Annual report on the working of the lock hospitals in the Central Provinces
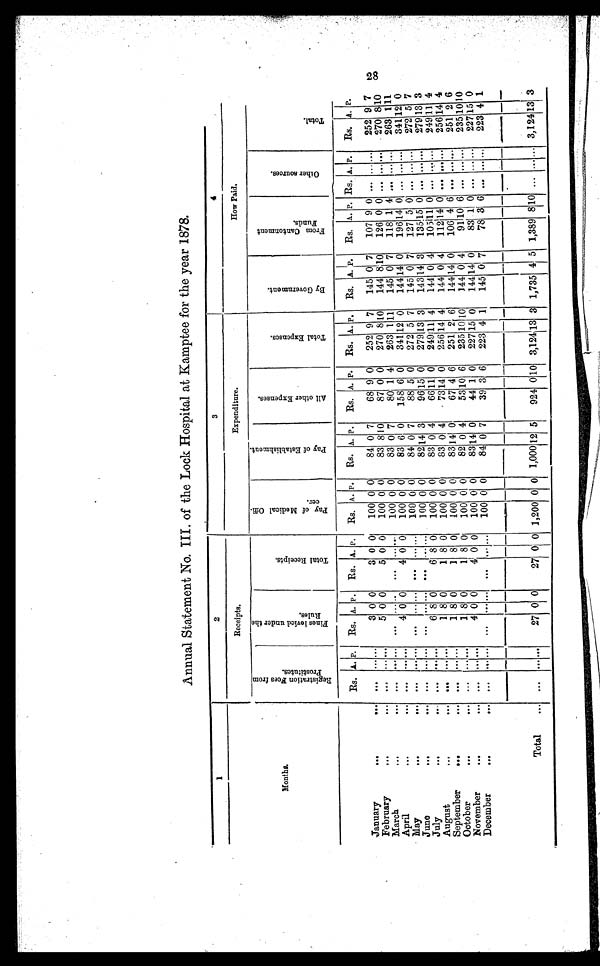
Annual Statement No. III, of the Lock Hospital at Kamptee for the year 1878.
1
2
3
4
Receipts.
Expenditure.
How Paid.
Months.
R e g i s t r a t i o n f e e s f r o m
p r o s t i t u t e s .
F i n e s l e v i e d u n d e r t h e
R u l e s .
T o t a l R e c e i p t s .
P a y o f M e d i c a l o f f -
c e r
P a y o f E s t a b l i s h m e n t .
A l l o t h e r E x p e n s e s .
T o t a l E x p e n s e s
B y G o v e r n m e n t .
F r o m c a n t o n m e n t
F u n d s
O t h e r s o u r c e s .
T o t a l
Rs. A. P.
Rs. A. P.
Rs. A. P.
Rs. A. P.
Rs. A. P.
Rs. A. P.
Rs. A. P.
Rs. A. p.
Rs. A. P. Rs. A. P.
Rs. A P.
January
...
3 0 0
3 0 0
100 0 0
84 0 7
68 9 0
252 9 7
145 0 7
107 9 0 ...
...
...
252 9 7
February
...
...
. . . ... ...
5 0 0
5 0 0
100 0 0
83 810
87 0 0
270
8 10
144
8 10
126 0 0 ...
... ...
270
8 10
March
...
...
...
... ...
. . . .. ..
. . . ... ...
100 0 0
83 0 7
80 1 4
263 1 11
145 0 7
118 1 4 ...
... ...
263 1 11
April
...
...
. . . ... ...
4 0 0
4 0 0
100 0 0
83 6 0
158 6 0
341
1 2 0
144 14 0
196 14 0 ...
... ...
341 12 0
May
...
... ... ... ...
... ...
. . . ... ...
100 0 0
8 4 0
7
8 8 5 0
272 5 7
145 0 7
127 5 0 ...
... ...
272 5 7
June
...
...
...
... ...
. . . ... ...
. . . ... ...
100 0 0
82 14 3
96 15 0
279 13 3
143 14 3
136
1 5 0 ...
... ...
279 13 3
July
...
... ... ...
6 8 0
6 8 0
100 0 0
83 0 4
66 11 0
249
1 1 4
144 0 4
105
1 1 0 ... ... ...
249 11
4
August
... ...
... ... ...
1 8 0
1 8 0
100 0 0
83 0 4
73 14 0
256 14 4
144 0 4
112
1 4 0 ... ... ...
256 14 4
September
.... ...
. . . ...
1 8 0
1 8 0
100 0 0
8 3 14 0
67 4 6
251 2 6
144
1 4 0
106 4 6 ... ... ...
251 2 6
October...
...
. . . ... ...
1 8 0
1 8 0
100 0 0
82 0 4
53 10 6
235 10 10
144 0 4
91 10 6 ... ... ...
235 10 10
November
...
...
. . . ... ...
4 0 0
4 0 0
100 0 0
83 14 0
44 1 0
227 15 0
144
1 4 0
83 1 0 ... ... ...
227 15 0
December
...
...
...
... ...
...
... ...
...
... ...
100 0 0
84 0 7
39 3 6
223 4 1
145
0 7
78 3 6 ... ...
...
223 4 1
Total
...
...
...
...
2 7
0
0
27 0
1,200 0 0 1,000 12 5
924 0 10 3,124 13 3 1,735 4 5 1,389
8
10 ...
...
...
3,124
1 3
3
2 8